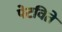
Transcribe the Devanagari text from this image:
पेटविते